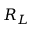
R _ { L }